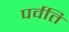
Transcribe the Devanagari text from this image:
पर्वति